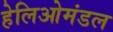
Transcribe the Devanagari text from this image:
हेलिओमंडल